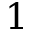
1